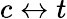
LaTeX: c\leftrightarrow t